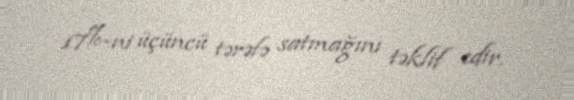
17%-ni üçüncü tərəfə satmağını təklif edir.